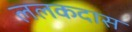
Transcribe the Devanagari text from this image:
ललकदास